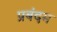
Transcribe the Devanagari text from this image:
प्रबंदम